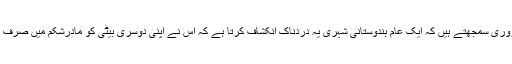
’’بیٹی بچاؤ ، بیٹی پڑھاؤ‘‘ کا پرفریب نعرہ دینے والے مودی جی کو ہم یہ بتانا ضروری سمجھتے ہیں کہ ایک عام ہندوستانی شہری یہ دردناک انکشاف کرتا ہے کہ اس نے اپنی دوسری بیٹی کو مادرشکم میں صرف اس خوف سے قتل کروایا کہ آگے چل کر اُسے جہیز کی بھینٹ پر چڑھنا پڑے گا ۔